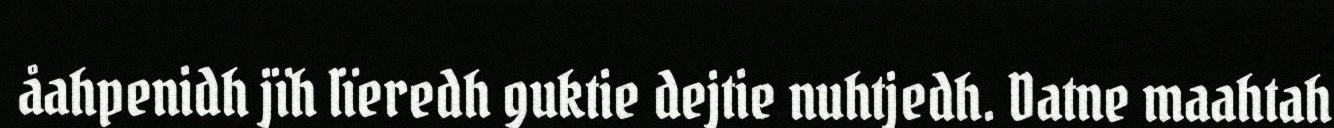
åahpenidh jïh lïeredh guktie dejtie nuhtjedh. Datne maahtah